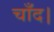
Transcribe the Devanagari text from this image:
चाँद।